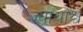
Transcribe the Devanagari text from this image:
ज्यायांश्च